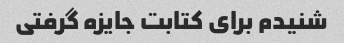
شنیدم برای کتابت جایزه گرفتی